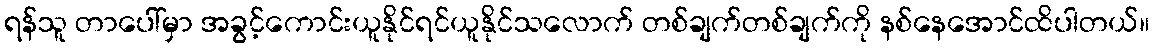
ရန်သူ တာပေါ်မှာ အခွင့်ကောင်းယူနိုင်ရင်ယူနိုင်သလောက် တစ်ချက်တစ်ချက်ကို နစ်နေအောင်ထိပါတယ်။